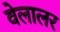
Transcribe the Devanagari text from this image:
वेलालर